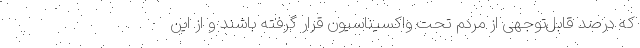
که درصد قابل‌توجهی از مردم تحت واکسیناسیون قرار گرفته باشند و از این